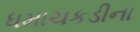
ધમાચકડીના